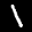
Label: 1